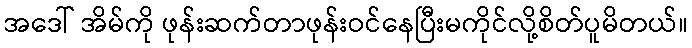
အဒေါ် အိမ်ကို ဖုန်းဆက်တာဖုန်းဝင်နေပြီးမကိုင်လို့စိတ်ပူမိတယ်။